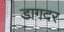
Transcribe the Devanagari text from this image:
डागदर